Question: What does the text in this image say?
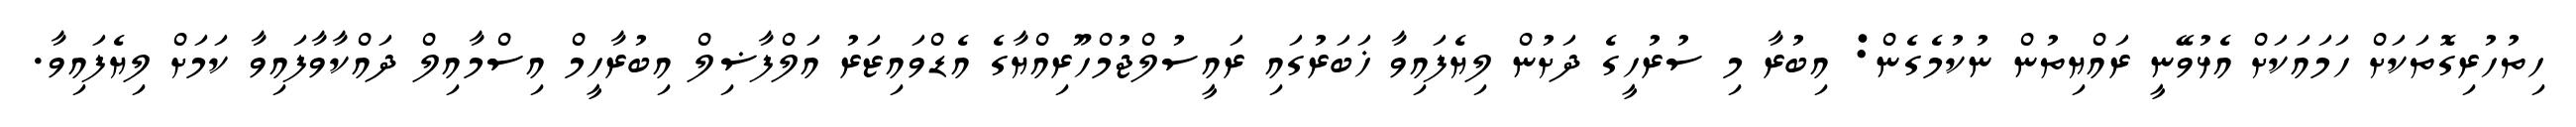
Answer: ހިތުހުރިގޮތަކަށް ހަމައަކަށް އެޅުވޭނީ ރައްޔިތުން ނުކުމެގެން: އިބުރާ މި ސުރުހީގެ ދަށުން ލިޔެފައިވާ ޚަބަރުގައި ރައީސުލްޖުމްހޫރިއްޔާގެ އެޑްވައިޒަރު އަލްފާޟިލް އިބުރާހީމް އިސްމާއިލް ދައްކާވާފައިވާ ކަމަށް ލިޔެފައިވާ.